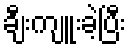
ချီးကျူးခဲ့ပြီး